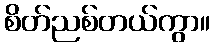
စိတ်ညစ်တယ်ကွာ။